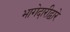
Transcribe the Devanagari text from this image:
भागेदारीद्वारे